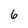
Character: 6